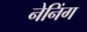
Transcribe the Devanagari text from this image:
नेनिंग